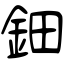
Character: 鈿